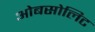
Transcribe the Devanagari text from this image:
ओबसोलिट